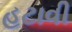
હટાવી